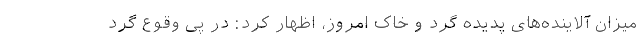
میزان آلاینده‌های پدیده گرد و خاک امروز، اظهار کرد: در پی وقوع گرد